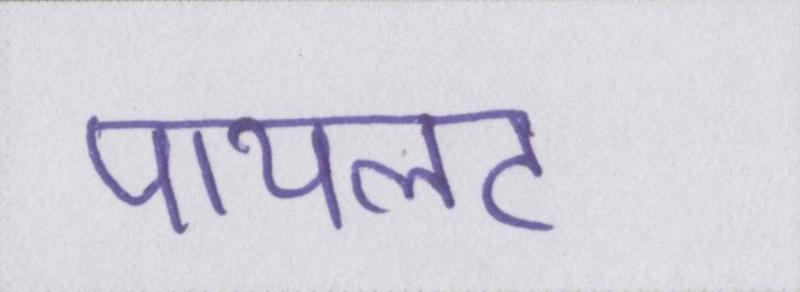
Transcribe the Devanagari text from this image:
पायलट